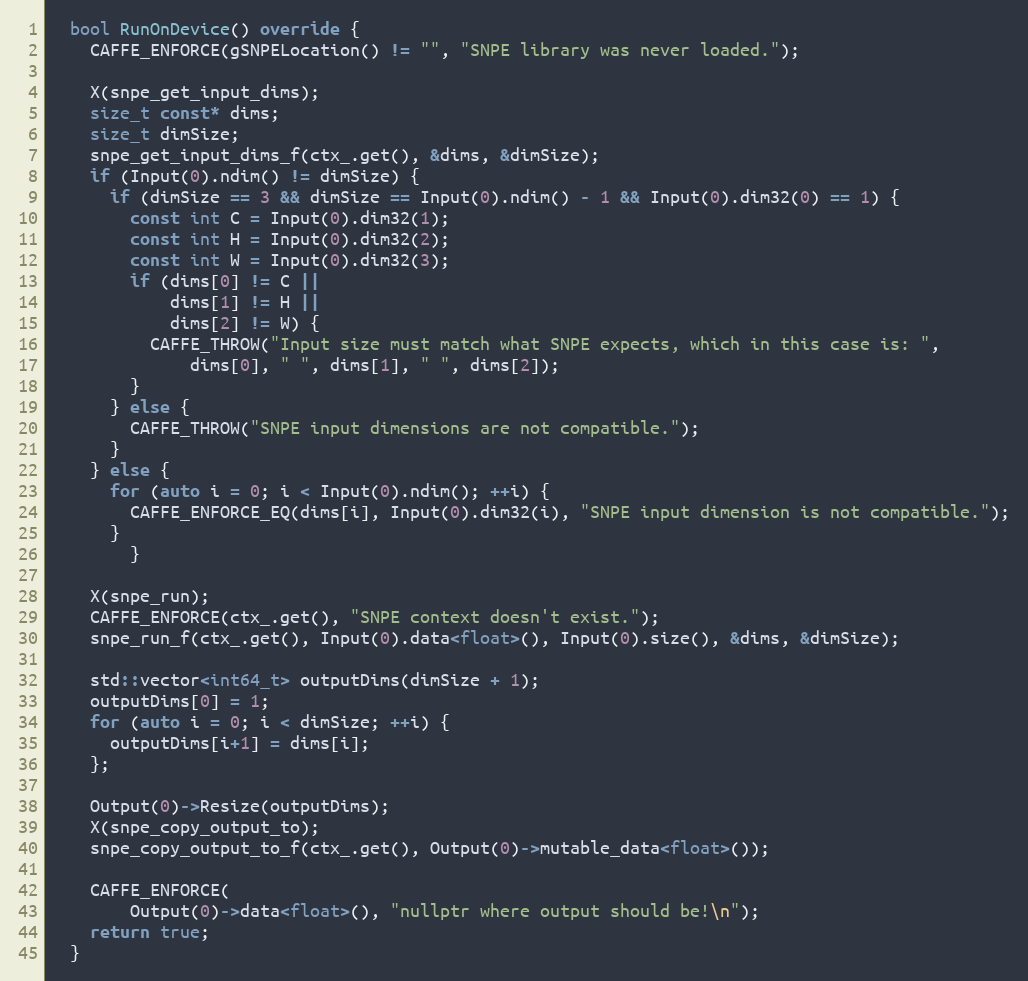
Language: C++
  bool RunOnDevice() override {
    CAFFE_ENFORCE(gSNPELocation() != "", "SNPE library was never loaded.");

    X(snpe_get_input_dims);
    size_t const* dims;
    size_t dimSize;
    snpe_get_input_dims_f(ctx_.get(), &dims, &dimSize);
    if (Input(0).ndim() != dimSize) {
      if (dimSize == 3 && dimSize == Input(0).ndim() - 1 && Input(0).dim32(0) == 1) {
        const int C = Input(0).dim32(1);
        const int H = Input(0).dim32(2);
        const int W = Input(0).dim32(3);
        if (dims[0] != C ||
            dims[1] != H ||
            dims[2] != W) {
          CAFFE_THROW("Input size must match what SNPE expects, which in this case is: ",
              dims[0], " ", dims[1], " ", dims[2]);
        }
      } else {
        CAFFE_THROW("SNPE input dimensions are not compatible.");
      }
    } else {
      for (auto i = 0; i < Input(0).ndim(); ++i) {
        CAFFE_ENFORCE_EQ(dims[i], Input(0).dim32(i), "SNPE input dimension is not compatible.");
      }
		}

    X(snpe_run);
    CAFFE_ENFORCE(ctx_.get(), "SNPE context doesn't exist.");
    snpe_run_f(ctx_.get(), Input(0).data<float>(), Input(0).size(), &dims, &dimSize);

    std::vector<int64_t> outputDims(dimSize + 1);
    outputDims[0] = 1;
    for (auto i = 0; i < dimSize; ++i) {
      outputDims[i+1] = dims[i];
    };

    Output(0)->Resize(outputDims);
    X(snpe_copy_output_to);
    snpe_copy_output_to_f(ctx_.get(), Output(0)->mutable_data<float>());

    CAFFE_ENFORCE(
        Output(0)->data<float>(), "nullptr where output should be!\n");
    return true;
  }